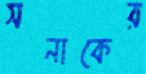
সনাকের